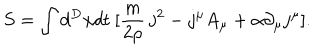
LaTeX: S = \int d ^ { D } x d t ~ [ \frac { m } { 2 \rho } ~ { \bf j } ^ { 2 } - j ^ { \mu } A _ { \mu } + \alpha \partial _ { \mu } j ^ { \mu } ] .